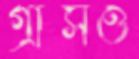
গ্রাসও